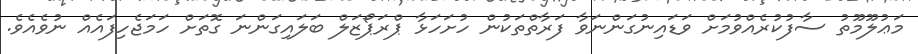
މަޢުލޫމޫތު ސާފުކުރެއްވުމަށް ވަޑައިނުގަންނަވާ ފަރާތްތަކުން ހުށަހަޅާ ޕްރަޕޯޒަލް ބަލައިގަންނަ ގޮތަށް ހަމަޖެހިފައެއް ނުވެއެވެ.